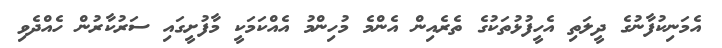
އެމަނިކުފާނުގެ ދީލަތި އެހީފުޅުތަކުގެ ތެރެއިން އެންމެ މުހިންމު އެއްކަމަކީ މާފުށީގައި ސަރުކާރުން ހެއްދެވި